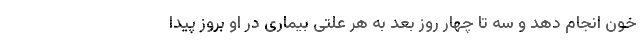
خون انجام دهد و سه تا چهار روز بعد به هر علتی بیماری در او بروز پیدا